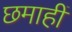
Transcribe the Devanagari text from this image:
छमाहीं